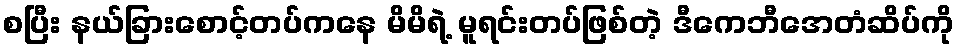
စပြီး နယ်ခြားစောင့်တပ်ကနေ မိမိရဲ့ မူရင်းတပ်ဖြစ်တဲ့ ဒီကေဘီအေတံဆိပ်ကို